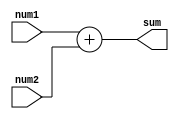
module Adder (
    input wire [7:0] num1,
    input wire [7:0] num2,
    output wire [8:0] sum
);

assign sum = num1 + num2;

endmodule